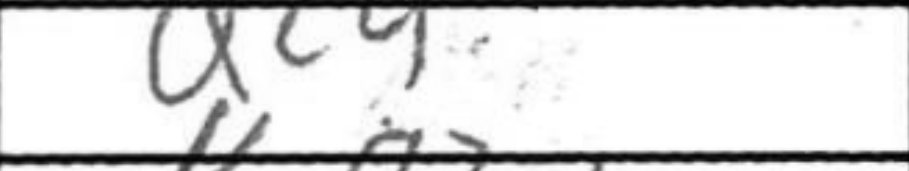
Transcription: Qc4